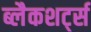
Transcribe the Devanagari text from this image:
ब्लैकशर्ट्स